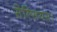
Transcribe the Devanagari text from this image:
सेल्सियस।